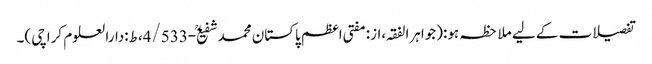
تفصیلات کے لیے ملاحظہ ہو:(جواہرالفقہ،از:مفتی اعظم پاکستان محمدشفیعؒ-4/533،ط:دارالعلوم کراچی)۔